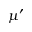
\mu ^ { \prime }